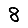
Digit: 8